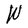
Character: W